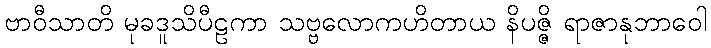
ဗာဝီသာတိ မုခဒူသိပီဠကာ သဗ္ဗလောကဟိတာယ နိပဇ္ဇိ ရာဇာနုဘာဝေါ